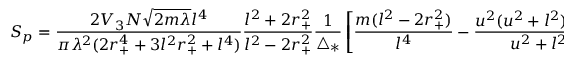
S _ { p } = \frac { 2 V _ { 3 } N \sqrt { 2 m \lambda } l ^ { 4 } } { \pi \lambda ^ { 2 } ( 2 r _ { + } ^ { 4 } + 3 l ^ { 2 } r _ { + } ^ { 2 } + l ^ { 4 } ) } \frac { l ^ { 2 } + 2 r _ { + } ^ { 2 } } { l ^ { 2 } - 2 r _ { + } ^ { 2 } } \frac { 1 } { \triangle _ { * } } \left[ \frac { m ( l ^ { 2 } - 2 r _ { + } ^ { 2 } ) } { l ^ { 4 } } - \frac { u ^ { 2 } ( u ^ { 2 } + l ^ { 2 } ) - m } { u ^ { 2 } + l ^ { 2 } } - u ^ { 2 } \triangle _ { * } \right] ,